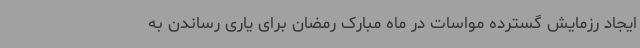
ایجاد رزمایش گسترده مواسات در ماه مبارک رمضان برای یاری رساندن به